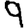
Digit: 9